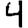
Digit: 4